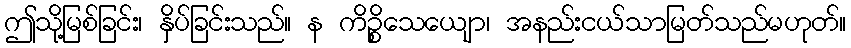
ဤသို့မြစ်ခြင်း၊ နှိပ်ခြင်းသည်။ န ကိဉ္စိသေယျော၊ အနည်းငယ်သာမြတ်သည်မဟုတ်။